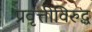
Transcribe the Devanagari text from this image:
प्रवृत्तीविरुद्ध